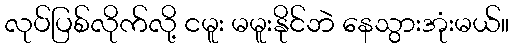
လုပ်ပြစ်လိုက်လို့ ငမူး မမူးနိုင်ဘဲ နေသွားအုံးမယ်။